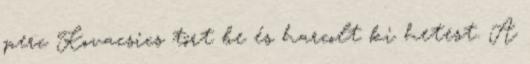
perc Kovacsics tört be és harcolt ki hetest. A